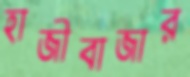
হাজীবাজার